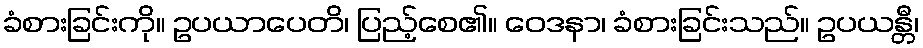
ခံစားခြင်းကို။ ဥပယာပေတိ၊ ပြည့်စေ၏။ ဝေဒနာ၊ ခံစားခြင်းသည်။ ဥပယန္တီ၊